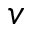
v